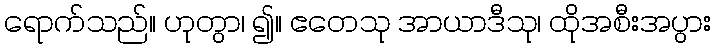
ရောက်သည်။ ဟုတွာ၊ ၍။ ဧတေသု အာယာဒီသု၊ ထိုအစီးအပွား